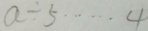
a \div 5 \cdots 4